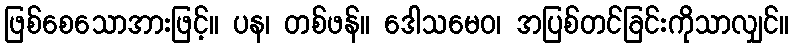
ဖြစ်စေသောအားဖြင့်။ ပန၊ တစ်ဖန်။ ဒေါသမေဝ၊ အပြစ်တင်ခြင်းကိုသာလျှင်။